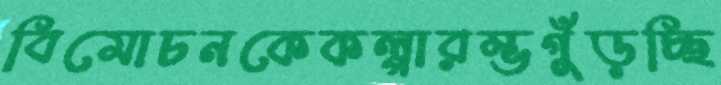
বিমোচনকেকল্পারম্ভগুঁড়চ্ছি